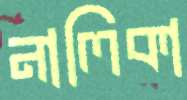
নালিকা